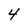
Character: 4